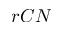
r C N